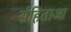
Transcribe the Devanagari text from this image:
संहिताआ